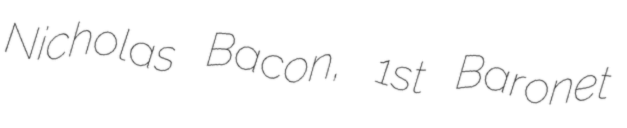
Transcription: Nicholas Bacon, 1st Baronet